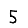
Digit: 5